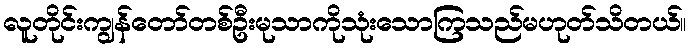
လူတိုင်းကျွန်တော်တစ်ဦးမုသာကိုသုံးသောကြသည်မဟုတ်သိတယ်။